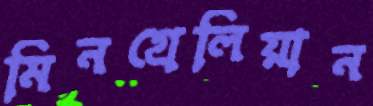
মিনগ্রেলিয়ান